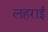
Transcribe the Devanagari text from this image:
लहराई